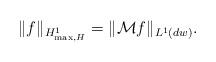
LaTeX: \begin{align*}\| f\|_{H^1_{{\rm max}, H}}=\| \mathcal M f\|_{L^1(dw)}.\end{align*}